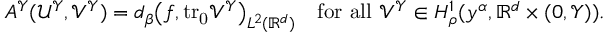
\begin{array} { r } { A ^ { \mathcal { Y } } ( \mathcal { U } ^ { \mathcal { Y } } , \mathcal { V } ^ { \mathcal { Y } } ) = d _ { \beta } \big ( f , \mathrm { t r _ { 0 } } { \mathcal { V } ^ { \mathcal { Y } } } \big ) _ { L ^ { 2 } ( \mathbb { R } ^ { d } ) } \quad \mathrm { f o r ~ a l l ~ } \mathcal { V } ^ { \mathcal { Y } } \in H _ { \rho } ^ { 1 } ( y ^ { \alpha } , \mathbb { R } ^ { d } \times ( 0 , \mathcal { Y } ) ) . } \end{array}